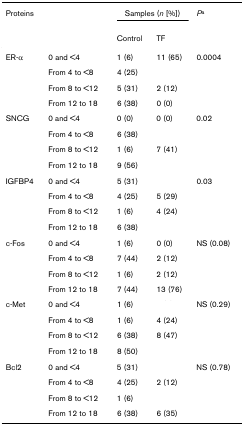
<table><thead><tr><td><b>Proteins</b></td><td>[EMPTY_CELL]</td><td colspan="2"><b>Samples (<i>n</i> [%])</b></td><td><b><i>P</i><sup>a</sup></b></td></tr><tr><td>[EMPTY_CELL]</td><td>[EMPTY_CELL]</td><td><b>Control</b></td><td><b>TF</b></td><td>[EMPTY_CELL]</td></tr></thead><tbody><tr><td>ER-α</td><td>0 and &lt;4</td><td>1 (6)</td><td>11 (65)</td><td>0.0004</td></tr><tr><td>[EMPTY_CELL]</td><td>From 4 to &lt;8</td><td>4 (25)</td><td>[EMPTY_CELL]</td><td>[EMPTY_CELL]</td></tr><tr><td>[EMPTY_CELL]</td><td>From 8 to &lt;12</td><td>5 (31)</td><td>2 (12)</td><td>[EMPTY_CELL]</td></tr><tr><td>[EMPTY_CELL]</td><td>From 12 to 18</td><td>6 (38)</td><td>0 (0)</td><td>[EMPTY_CELL]</td></tr><tr><td>SNCG</td><td>0 and &lt;4</td><td>0 (0)</td><td>0 (0)</td><td>0.02</td></tr><tr><td>[EMPTY_CELL]</td><td>From 4 to &lt;8</td><td>6 (38)</td><td>[EMPTY_CELL]</td><td>[EMPTY_CELL]</td></tr><tr><td>[EMPTY_CELL]</td><td>From 8 to &lt;12</td><td>1 (6)</td><td>7 (41)</td><td>[EMPTY_CELL]</td></tr><tr><td>[EMPTY_CELL]</td><td>From 12 to 18</td><td>9 (56)</td><td>[EMPTY_CELL]</td><td>[EMPTY_CELL]</td></tr><tr><td>IGFBP4</td><td>0 and &lt;4</td><td>5 (31)</td><td>[EMPTY_CELL]</td><td>0.03</td></tr><tr><td>[EMPTY_CELL]</td><td>From 4 to &lt;8</td><td>4 (25)</td><td>5 (29)</td><td>[EMPTY_CELL]</td></tr><tr><td>[EMPTY_CELL]</td><td>From 8 to &lt;12</td><td>1 (6)</td><td>4 (24)</td><td>[EMPTY_CELL]</td></tr><tr><td>[EMPTY_CELL]</td><td>From 12 to 18</td><td>6 (38)</td><td>[EMPTY_CELL]</td><td>[EMPTY_CELL]</td></tr><tr><td>c-Fos</td><td>0 and &lt;4</td><td>1 (6)</td><td>0 (0)</td><td>NS (0.08)</td></tr><tr><td>[EMPTY_CELL]</td><td>From 4 to &lt;8</td><td>7 (44)</td><td>2 (12)</td><td>[EMPTY_CELL]</td></tr><tr><td>[EMPTY_CELL]</td><td>From 8 to &lt;12</td><td>1 (6)</td><td>2 (12)</td><td>[EMPTY_CELL]</td></tr><tr><td>[EMPTY_CELL]</td><td>From 12 to 18</td><td>7 (44)</td><td>13 (76)</td><td>[EMPTY_CELL]</td></tr><tr><td>c-Met</td><td>0 and &lt;4</td><td>1 (6)</td><td>[EMPTY_CELL]</td><td>NS (0.29)</td></tr><tr><td>[EMPTY_CELL]</td><td>From 4 to &lt;8</td><td>1 (6)</td><td>4 (24)</td><td>[EMPTY_CELL]</td></tr><tr><td>[EMPTY_CELL]</td><td>From 8 to &lt;12</td><td>6 (38)</td><td>8 (47)</td><td>[EMPTY_CELL]</td></tr><tr><td>[EMPTY_CELL]</td><td>From 12 to 18</td><td>8 (50)</td><td>[EMPTY_CELL]</td><td>[EMPTY_CELL]</td></tr><tr><td>Bcl2</td><td>0 and &lt;4</td><td>5 (31)</td><td>[EMPTY_CELL]</td><td>NS (0.78)</td></tr><tr><td>[EMPTY_CELL]</td><td>From 4 to &lt;8</td><td>4 (25)</td><td>2 (12)</td><td>[EMPTY_CELL]</td></tr><tr><td>[EMPTY_CELL]</td><td>From 8 to &lt;12</td><td>1 (6)</td><td>[EMPTY_CELL]</td><td>[EMPTY_CELL]</td></tr><tr><td>[EMPTY_CELL]</td><td>From 12 to 18</td><td>6 (38)</td><td>6 (35)</td><td>[EMPTY_CELL]</td></tr></tbody></table>